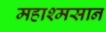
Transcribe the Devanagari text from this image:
महाश्मसान